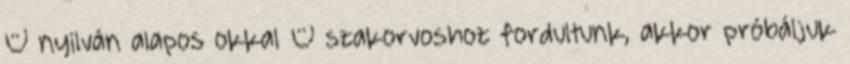
– nyilván alapos okkal – szakorvoshoz fordultunk, akkor próbáljuk